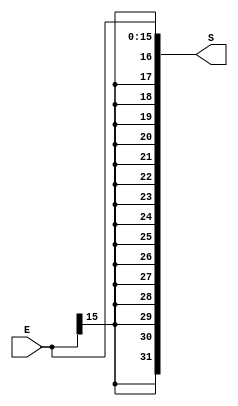
`timescale 1ns/1ns
module SignExt(
    input [15:0]E,
    output reg [31:0]S
);

always @* begin
    S = {{16{E[15]}},E};
end

endmodule